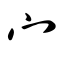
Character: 宀